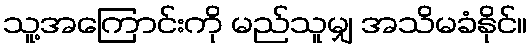
သူ့အကြောင်းကို မည်သူမျှ အသိမခံနိုင်။